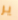
ير